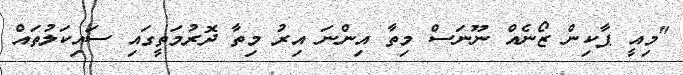
"މިއީ ޕާކިން ޒޯނެއް ނޫނަސް މިތާ އިންނަ އިރު މިތާ ދޮރުމަތީގައި ސައިކަލުތައް